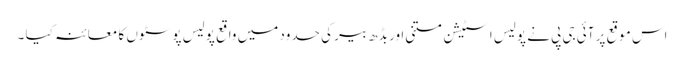
اس موقع پر آئی جی پی نے پولیس اسٹیشن متنی اور بڈھ بیر کی حدود میں واقع پولیس پوسٹوں کا معائنہ کیا ۔